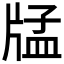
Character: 𤗖